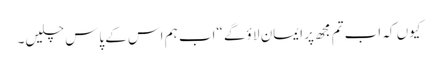
کیوں کہ اب تم مجھ پر ایمان لا ؤگے “اب ہم اس کے پاس چلیں۔